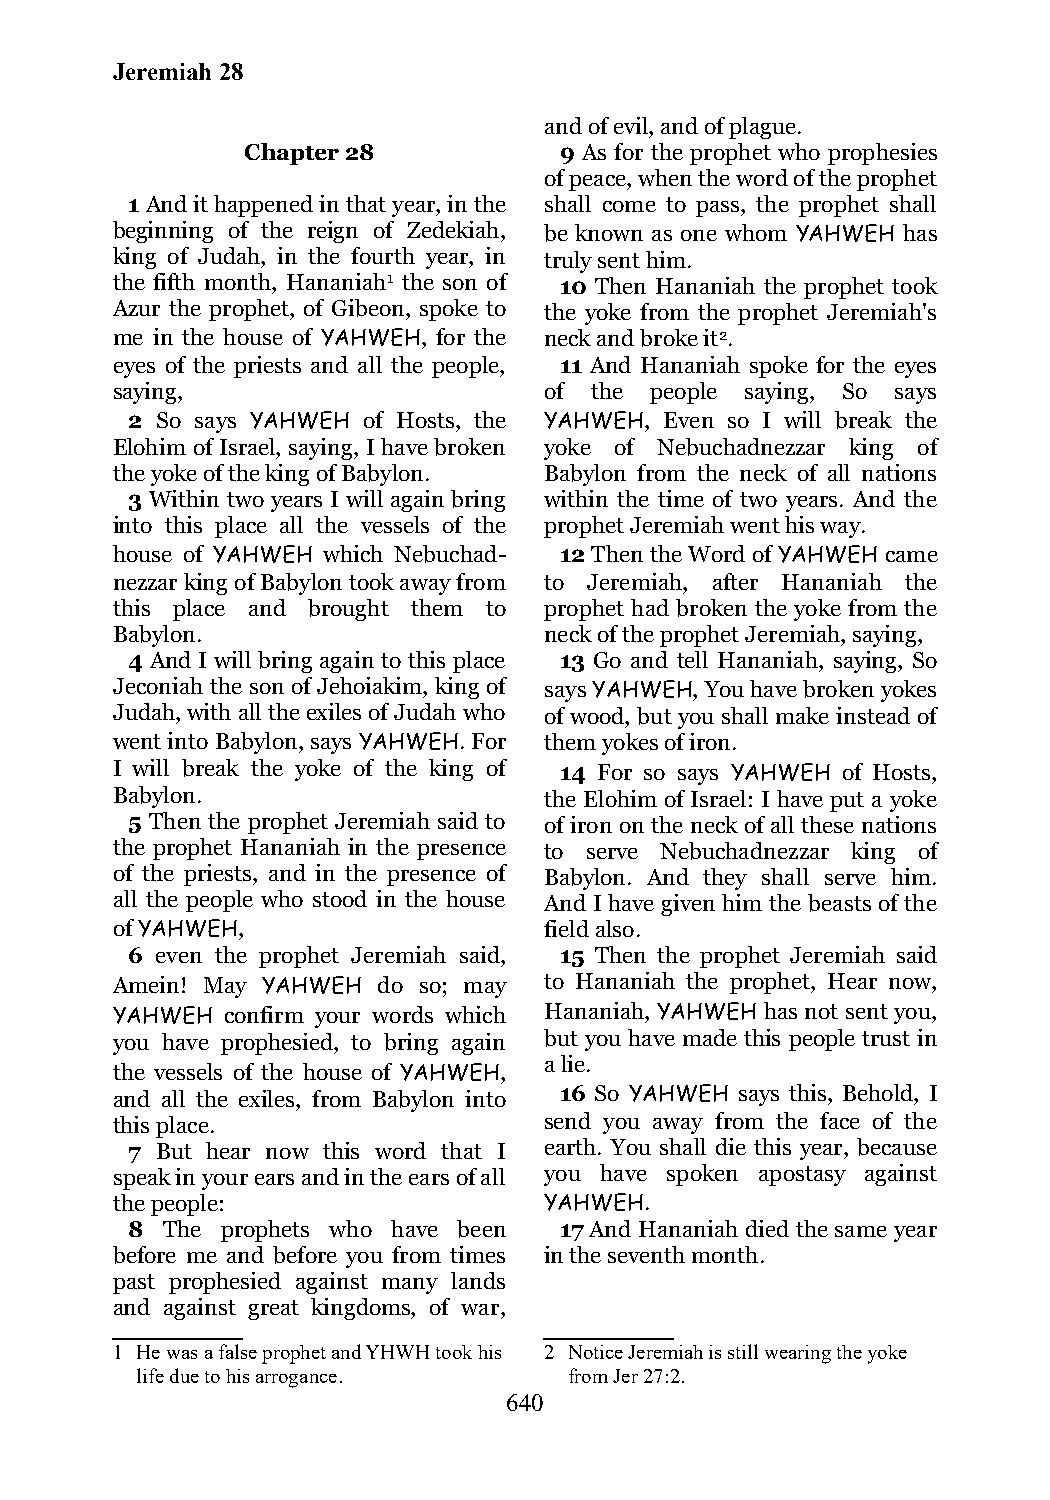
Jeremiah 28
 and of evil, and of plague.
 Chapter 28           9 As for the prophet who prophesies
 of peace, when the word of the prophet
 1 And it happened in that year, in the shall come to pass, the prophet shall
 beginning of the reign of Zedekiah, be known as one whom YAHWEH has
 king of Judah, in the fourth year, in truly sent him.
 the fifth month, Hananiah1 the son of 10 Then Hananiah the prophet took
 Azur the prophet, of Gibeon, spoke to the yoke from the prophet Jeremiah's
 me in the house of YAHWEH, for the neck and broke it2.
 eyes of the priests and all the people, 11 And Hananiah spoke for the eyes
 saying,                      of the people saying, So says
 2 So says YAHWEH of Hosts, the YAHWEH, Even so I will break the
 Elohim of Israel, saying, I have broken yoke of Nebuchadnezzar king of
 the yoke of the king of Babylon. Babylon from the neck of all nations
 3 Within two years I will again bring within the time of two years. And the
 into this place all the vessels of the prophet Jeremiah went his way.
 house of YAHWEH which Nebuchad- 12 Then the Word of YAHWEH came
 nezzar king of Babylon took away from to Jeremiah, after Hananiah the
 this place and brought them to prophet had broken the yoke from the
 Babylon.                     neck of the prophet Jeremiah, saying,
 4 And I will bring again to this place 13 Go and tell Hananiah, saying, So
 Jeconiah the son of Jehoiakim, king of says YAHWEH, You have broken yokes
 Judah, with all the exiles of Judah who of wood, but you shall make instead of
 went into Babylon, says YAHWEH. For them yokes of iron.
 I will break the yoke of the king of 14 For so says YAHWEH of Hosts,
 Babylon.                     the Elohim of Israel: I have put a yoke
 5 Then the prophet Jeremiah said to of iron on the neck of all these nations
 the prophet Hananiah in the presence to serve Nebuchadnezzar king of
 of the priests, and in the presence of Babylon. And they shall serve him.
 all the people who stood in the house And I have given him the beasts of the
 of YAHWEH,                   field also.
 6 even the prophet Jeremiah said, 15 Then the prophet Jeremiah said
 Amein! May YAHWEH do so; may to Hananiah the prophet, Hear now,
 YAHWEH  confirm your words which Hananiah, YAHWEH has not sent you,
 you have prophesied, to bring again but you have made this people trust in
 a lie.
 the vessels of the house of YAHWEH,
 and all the exiles, from Babylon into 16 So YAHWEH says this, Behold, I
 this place.                  send you away from the face of the
 7 But hear now this word that I earth. You shall die this year, because
 speak in your ears and in the ears of all you have spoken apostasy against
 the people:                  YAHWEH.
 8  The prophets who have been 17 And Hananiah died the same year
 before me and before you from times in the seventh month.
 past prophesied against many lands
 and against great kingdoms, of war,
 1 He was a false prophet and YHWH took his 2 Notice Jeremiah is still wearing the yoke
 life due to his arrogance.   from Jer 27:2.
 640